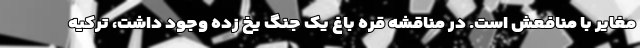
مغایر با منافعش است. در مناقشه قره باغ یک جنگ یخ زده وجود داشت، ترکیه